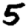
Digit: 5